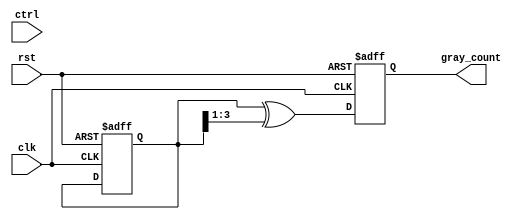
module gray_counter (
    input wire clk,
    input wire rst,
    input wire ctrl, 
    output reg [3:0] gray_count
);

reg [3:0] binary_count;
reg [3:0] next_binary_count;

always @ (posedge clk or posedge rst) begin
    if (rst) begin
        binary_count <= 4'b0000;
    end else if (ctrl) begin
        if (binary_count == 4'b0001) begin
            next_binary_count <= 4'b0011;
        end else if (binary_count == 4'b0011) begin
            next_binary_count <= 4'b0111;
        end else if (binary_count == 4'b0111) begin
            next_binary_count <= 4'b0110;
        end else if (binary_count == 4'b0110) begin
            next_binary_count <= 4'b0100;
        end else if (binary_count == 4'b0100) begin
            next_binary_count <= 4'b1100;
        end else if (binary_count == 4'b1100) begin
            next_binary_count <= 4'b1000;
        end else if (binary_count == 4'b1000) begin
            next_binary_count <= 4'b1001;
        end else if (binary_count == 4'b1001) begin
            next_binary_count <= 4'b0001;
        end
    end else begin
        if (binary_count == 4'b0001) begin
            next_binary_count <= 4'b1001;
        end else if (binary_count == 4'b1001) begin
            next_binary_count <= 4'b1000;
        end else if (binary_count == 4'b1000) begin
            next_binary_count <= 4'b1100;
        end else if (binary_count == 4'b1100) begin
            next_binary_count <= 4'b0100;
        end else if (binary_count == 4'b0100) begin
            next_binary_count <= 4'b0110;
        end else if (binary_count == 4'b0110) begin
            next_binary_count <= 4'b0111;
        end else if (binary_count == 4'b0111) begin
            next_binary_count <= 4'b0011;
        end else if (binary_count == 4'b0011) begin
            next_binary_count <= 4'b0001;
        end
    end
end

always @ (posedge clk or posedge rst) begin
    if (rst) begin
        gray_count <= 4'b0000;
    end else begin
        gray_count <= binary_count ^ (binary_count >> 1);
    end
end

endmodule